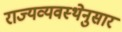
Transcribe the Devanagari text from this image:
राज्यव्यवस्थेनुसार